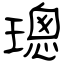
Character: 璁